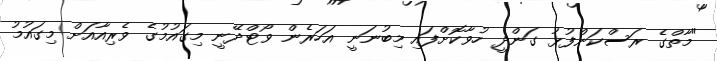
"މާތްގެ ރަސްކަންފުޅު ގަންދީ ހުވާކޮށްފައި މިބުނަނީ އަހަރެން ވޯޓްދޭނީ މިގައުމުގެ ވެރިއާއަށް މިގައުމު